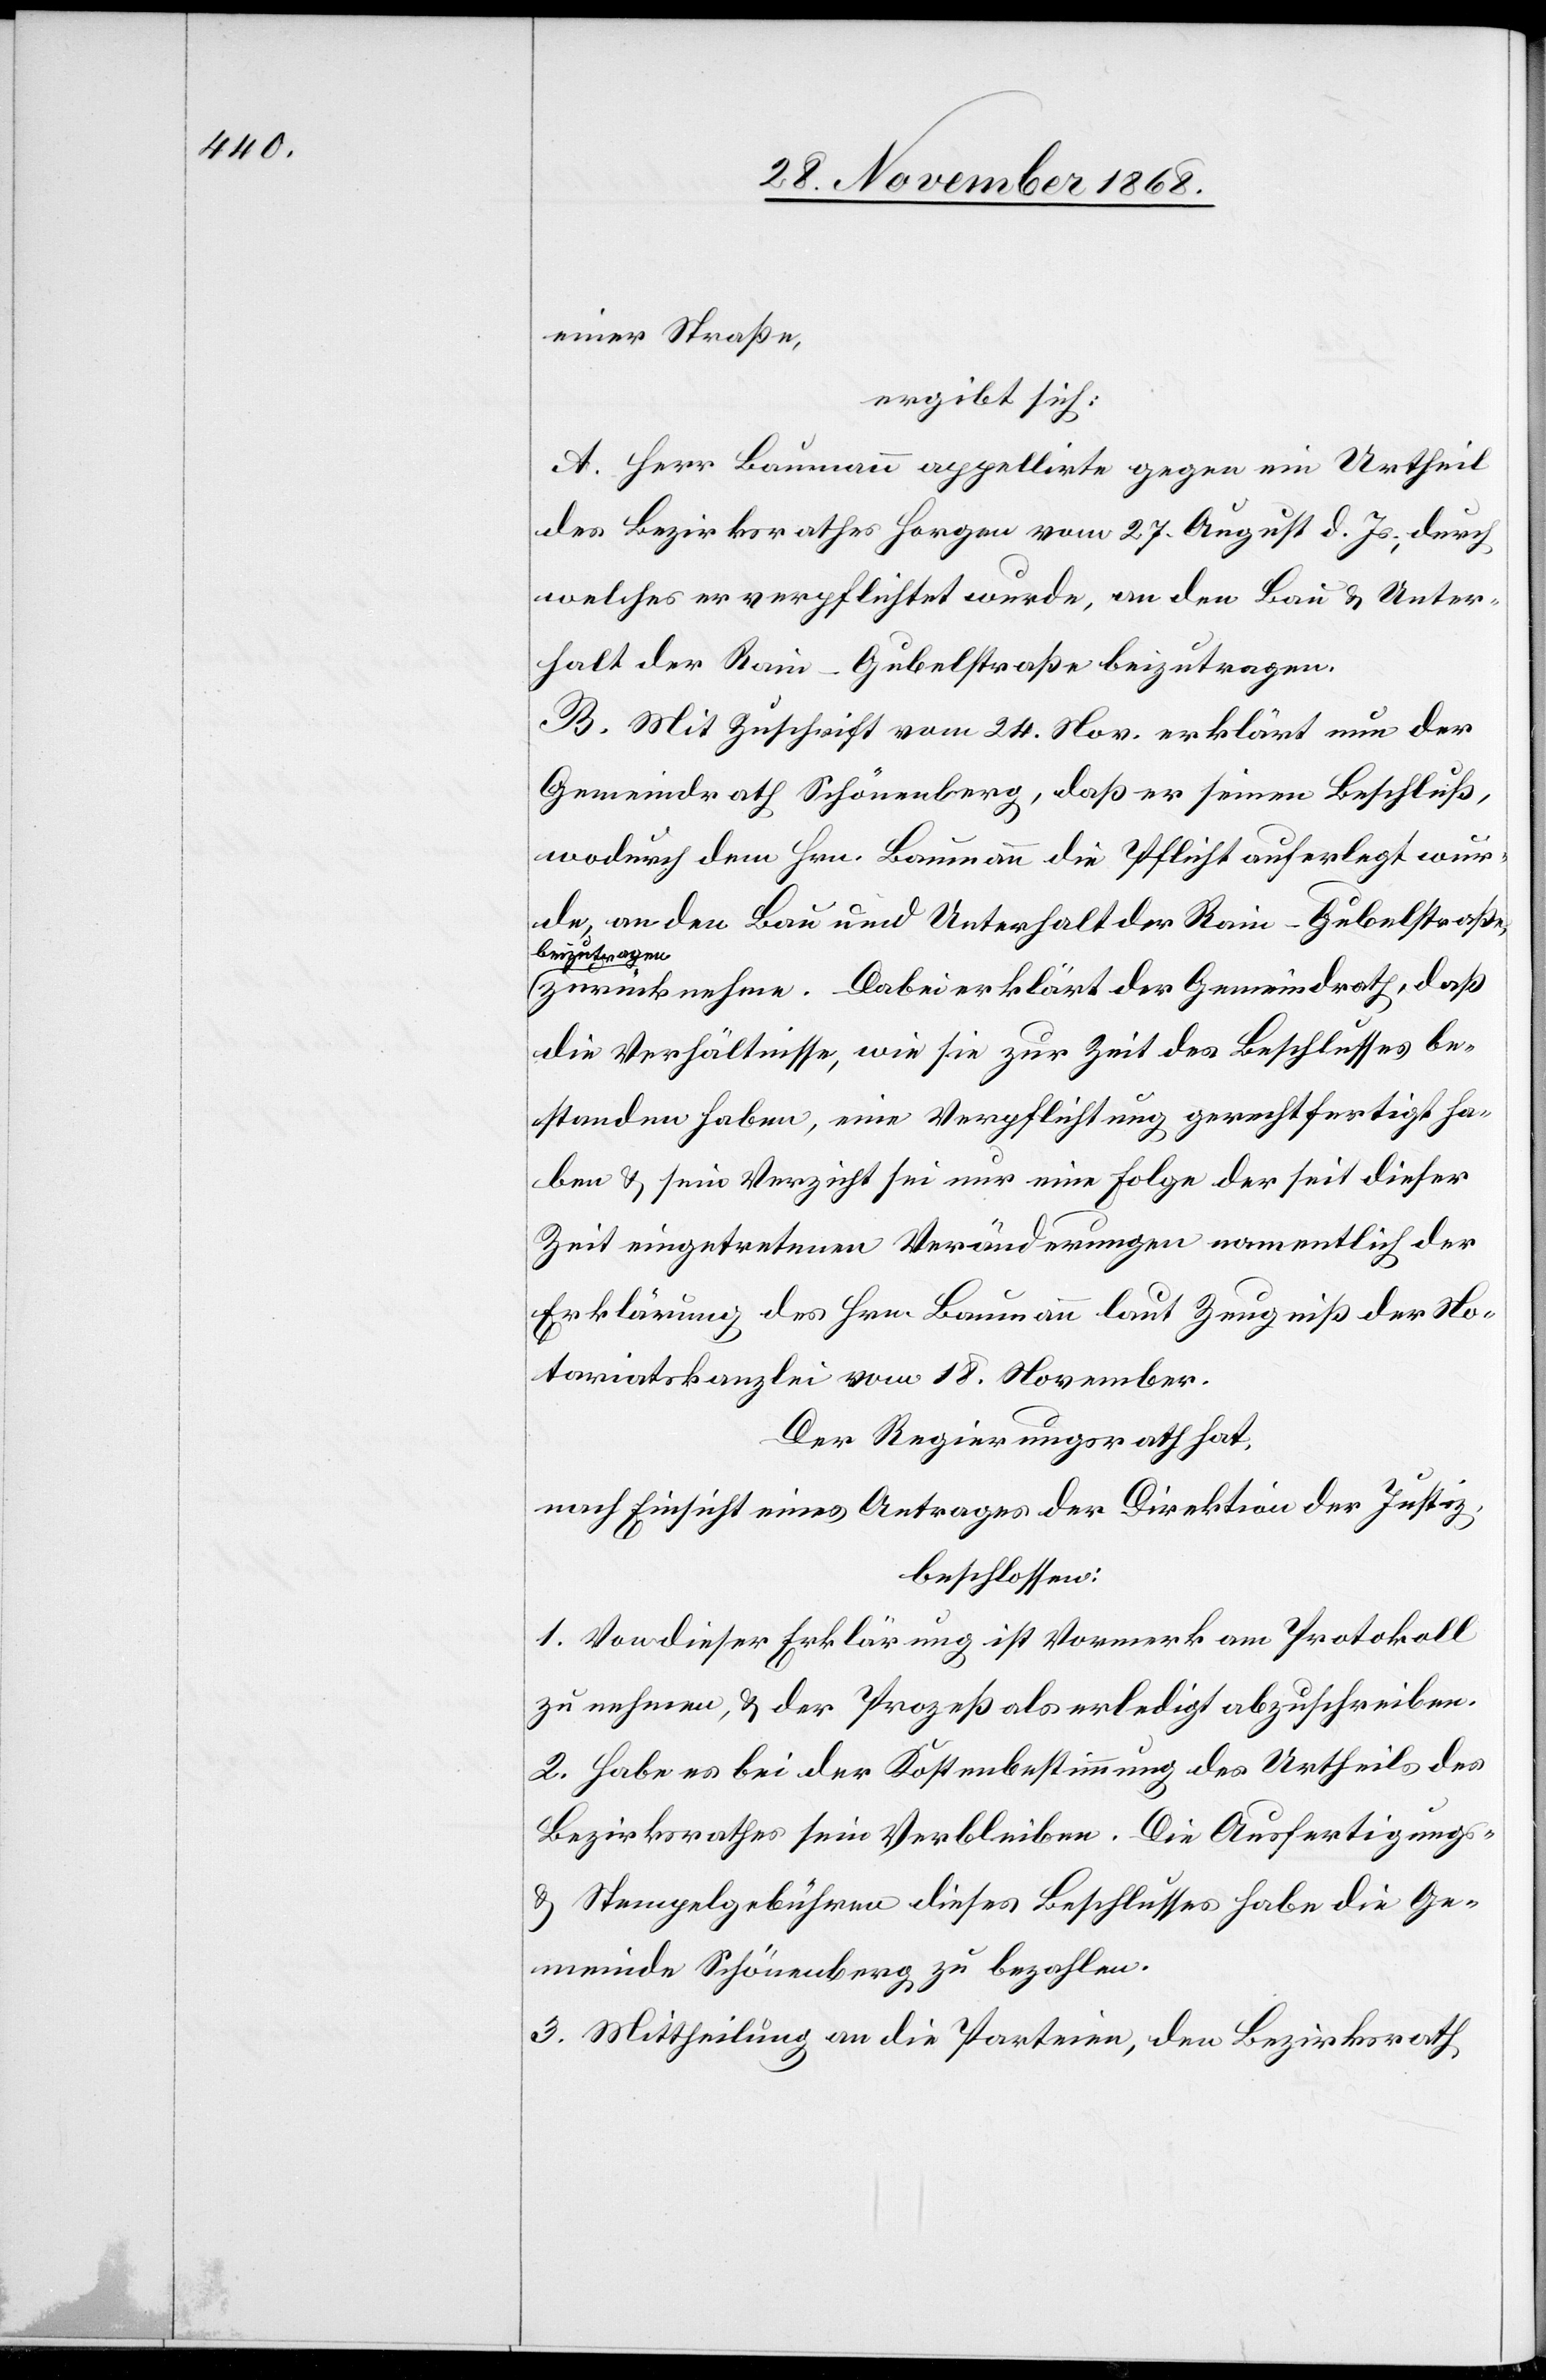
einer Straße,
ergibt sich:
A. Herr Baumann appellirte gegen ein Urtheil
des Bezirksrathes Horgen vom 27. August d. Js., durch
welches er verpflichtet wurde, an den Bau & Unter¬
halt der Rain-Gubelstraße beizutragen.
B. Mit Zuschrift vom 24. Nov. erklärt nun der
Gemeindrath Schönenberg, daß er seinen Beschluß,
wodurch dem Hrn. Baumann die Pflicht auferlegt wur¬
de, an den Bau und Unterhalt der Rain-Gubelstraße,
beizutragen
zurück nehme. Dabei erklärt der Gemeindrath, daß
die Verhältnisse, wie sie zur Zeit des Beschlusses be¬
standen haben, eine Verpflichtung gerechtfertigt ha¬
ben & sein Verzicht sei nur eine Folge der seit dieser
Zeit eingetretenen Veränderungen namentlich der
Erklärung des Hrn. Baumann laut Zeugniß der No¬
tariatskanzlei vom 18. November.
Der Regierungsrath hat,
nach Einsicht eines Antrages der Direktion der Justiz,
beschlossen:
1. Von dieser Erklärung ist Vormerk am Protokoll
zu nehmen, & der Prozeß als erledigt abzuschreiben.
2. Habe es bei der Kostenbestimmung des Urtheils des
Bezirksrathes sein Verbleiben. Die Ausfertigungs-
& Stempelgebühren dieses Beschlusses habe die Ge¬
meinde Schönenberg zu bezahlen.
3. Mittheilung an die Parteien, den Bezirksrath